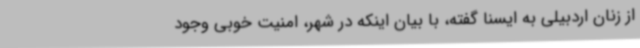
از زنان اردبیلی به ایسنا گفته، با بیان اینکه در شهر، امنیت خوبی وجود